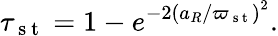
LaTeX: \tau_{\mathrm{~s~t~}}=1-e^{-2\left(a_{R}/\varpi_{\mathrm{~s~t~}}\right)^{2}}.